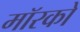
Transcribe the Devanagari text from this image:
मॉरको